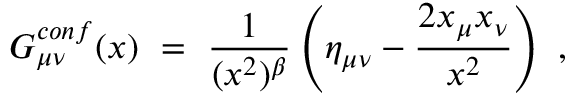
G _ { \mu \nu } ^ { c o n f } ( x ) ~ = ~ \frac { 1 } { ( x ^ { 2 } ) ^ { \beta } } \left( \eta _ { \mu \nu } - \frac { 2 x _ { \mu } x _ { \nu } } { x ^ { 2 } } \right) ~ ,